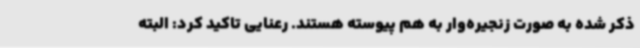
ذکر شده به صورت زنجیره‌وار به هم پیوسته هستند. رعنایی تاکید کرد: البته